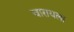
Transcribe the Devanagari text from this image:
चारायला